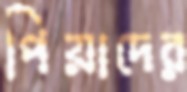
পিয়াদের